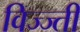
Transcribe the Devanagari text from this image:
विज्ज्ती